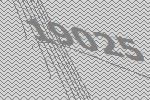
19025